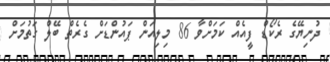
ދުނިޔޭގެ ރެކޯޑް ފީއެއް ކަމަށްވާ 86 މިލިއަން ޕައުންޑަށް ގެރެތް ބޭލް ގަތުމަށް